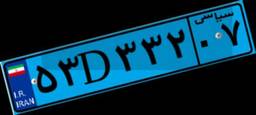
۱۳D۳۰۶۹۲